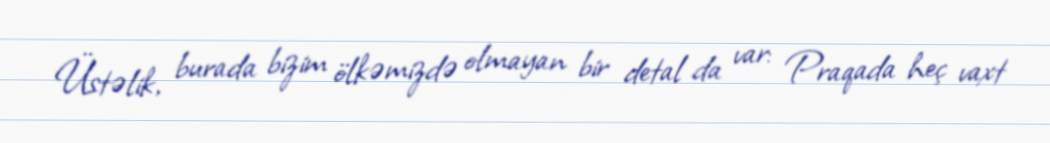
Üstəlik, burada bizim ölkəmizdə olmayan bir detal da var: Praqada heç vaxt